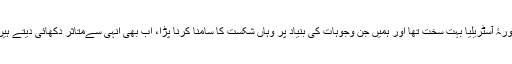
دورۂ آسٹریلیا بہت سخت تھا اور ہمیں جن وجوہات کی بنیاد پر وہاں شکست کا سامنا کرنا پڑا، اب بھی انہی سےمتاثر دکھائی دیتے ہیں۔